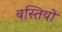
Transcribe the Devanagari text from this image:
बस्‍तियो